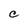
Character: C